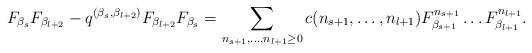
LaTeX: \begin{align*}F_{\beta_{s}}F_{\beta_{l+2}}-q^{(\beta_s,\beta_{l+2})}F_{\beta_{l+2}}F_{\beta_{s}}=\sum_{n_{s+1},\ldots,n_{l+1}\geq 0}c(n_{s+1},\ldots,n_{l+1})F_{\beta_{s+1}}^{n_{s+1}}\ldots F_{\beta_{l+1}}^{n_{l+1}}.\end{align*}